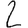
Digit: 2